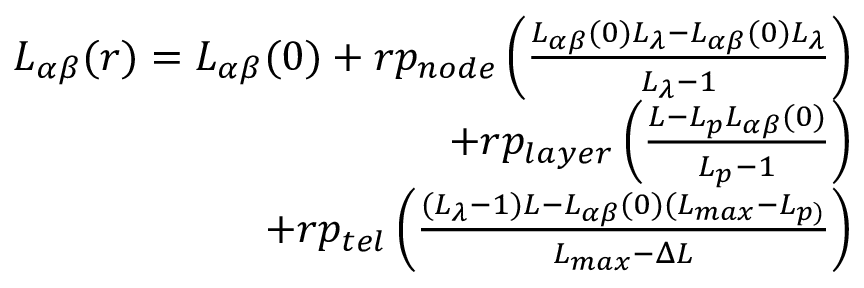
\begin{array} { r } { L _ { \alpha \beta } ( r ) = L _ { \alpha \beta } ( 0 ) + r p _ { n o d e } \left( \frac { L _ { \alpha \beta } ( 0 ) L _ { \lambda } - L _ { \alpha \beta } ( 0 ) L _ { \lambda } } { L _ { \lambda } - 1 } \right) } \\ { + r p _ { l a y e r } \left( \frac { L - L _ { p } L _ { \alpha \beta } ( 0 ) } { L _ { p } - 1 } \right) } \\ { + r p _ { t e l } \left( \frac { ( L _ { \lambda } - 1 ) L - L _ { \alpha \beta } ( 0 ) ( L _ { m a x } - L _ { p ) } } { L _ { m a x } - \Delta L } \right) } \end{array}